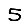
Digit: 5